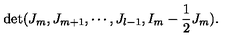
\det ( J _ { m } , J _ { m + 1 } , \cdots , J _ { l - 1 } , I _ { m } - \frac { 1 } { 2 } J _ { m } ) .